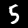
Label: 5